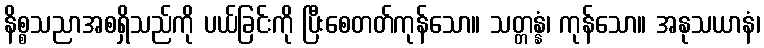
နိစ္စသညာအစရှိသည်ကို ပယ်ခြင်းကို ပြီးစေတတ်ကုန်သော။ သတ္တန္နံ၊ ကုန်သော။ အနုသယာနံ၊